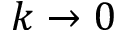
k \rightarrow 0